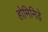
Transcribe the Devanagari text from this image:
होमिनिडे